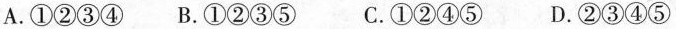
A.①②③④ B.①②③⑤ C.①②④⑤ D.②③④⑤